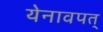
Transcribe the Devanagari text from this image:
येनावपत्